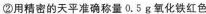
②用精密的天平准确称量0.5g氧化铁红色